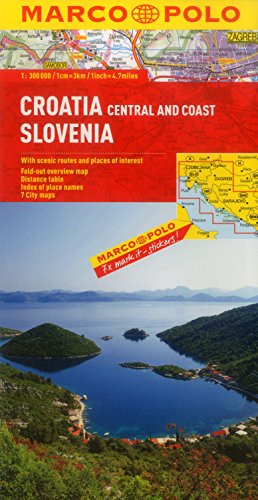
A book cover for Croatia/Slovenia Marco Polo Map (Marco Polo Maps); Marco Polo Travel; Travel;